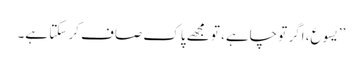
’’یسوع، اگر تو چاہے، تو مجھے پاک صاف کر سکتا ہے۔